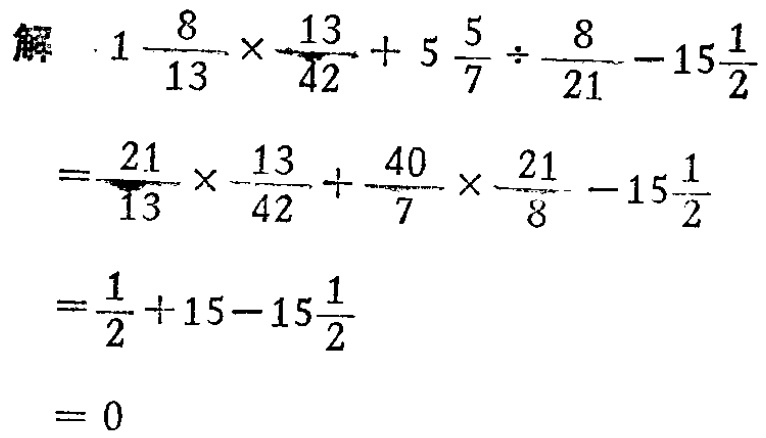
\[

\begin{align*}

&1\frac{8}{13}\times\frac{13}{42}+5\frac{5}{7}\div\frac{8}{21}-15\frac{1}{2}\\

=&\frac{21}{13}\times\frac{13}{42}+\frac{40}{7}\times\frac{21}{8}-15\frac{1}{2}\\

=&\frac{1}{2}+15 - 15\frac{1}{2}\\

=&0

\end{align*}

\]